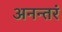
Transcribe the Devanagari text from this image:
अनन्तरं